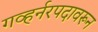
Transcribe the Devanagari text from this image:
गव्हर्नरपदावरून